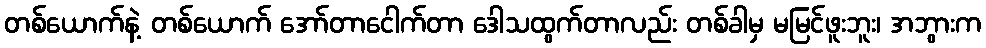
တစ်ယောက်နဲ့ တစ်ယောက် အော်တာငေါက်တာ ဒေါသထွက်တာလည်း တစ်ခါမှ မမြင်ဖူးဘူး၊ အဘွားက